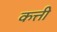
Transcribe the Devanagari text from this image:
कत्ती